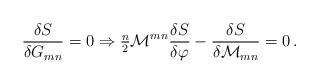
LaTeX: \begin{align*}\frac{\delta S}{\delta G_{mn}} = 0 \Rightarrow{\textstyle\frac{n}{2}} {\cal M}^{mn} \frac{\delta S}{\delta \varphi} - \frac{\delta S}{\delta {\cal M}_{mn}} =0\, .\end{align*}